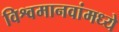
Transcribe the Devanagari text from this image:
विश्वमानवांमध्ये